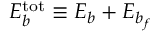
E _ { b } ^ { \mathrm { { t o t } } } \equiv E _ { b } + E _ { b _ { f } }